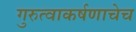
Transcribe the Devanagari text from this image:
गुरुत्वाकर्षणाचेच